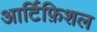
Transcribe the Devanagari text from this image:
आर्टिफ़िशल